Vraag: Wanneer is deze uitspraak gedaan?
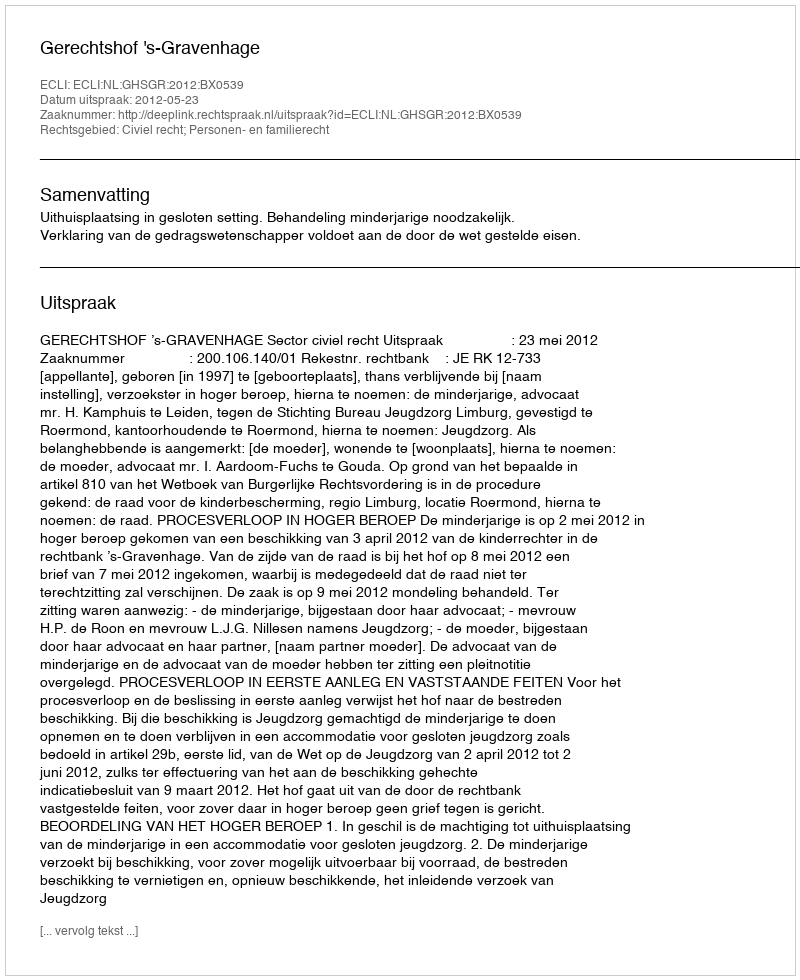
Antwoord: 2012-05-23